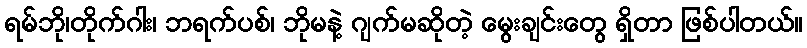
ရမ်ဘို၊တိုက်ဂါး၊ ဘရက်ပစ်၊ ဘိုမနဲ့ ဂျက်မဆိုတဲ့ မွေးချင်းတွေ ရှိတာ ဖြစ်ပါတယ်။